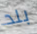
بلد